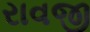
રાવજી